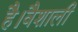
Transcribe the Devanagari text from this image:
है।वैशाली